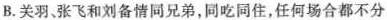
B.关羽、张飞和刘备情同兄弟，同吃同住，任何场合都不分